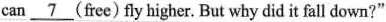
can \underline{7} (free) fly higher. But why did it fall down?"